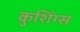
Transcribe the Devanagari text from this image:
कुशिंग्स